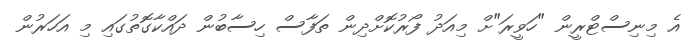
އެ މިނިސްޓްރީން "ހަވީރަ"ށް މިއަދު ފޯރުކޮށްދިން ތަފާސް ހިސާބުން ދައްކާގޮތުގައި މި އަހަރުން